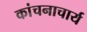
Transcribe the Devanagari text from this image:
कांचनाचार्य